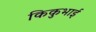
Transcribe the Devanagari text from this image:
किकुभाई